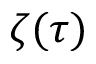
\zeta ( \tau )